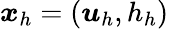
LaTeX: \boldsymbol{x}_{h}=(\boldsymbol{\mathit{u}}_{h},h_{h})